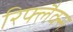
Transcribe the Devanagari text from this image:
रिफ्लैक्स